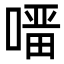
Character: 𭊇